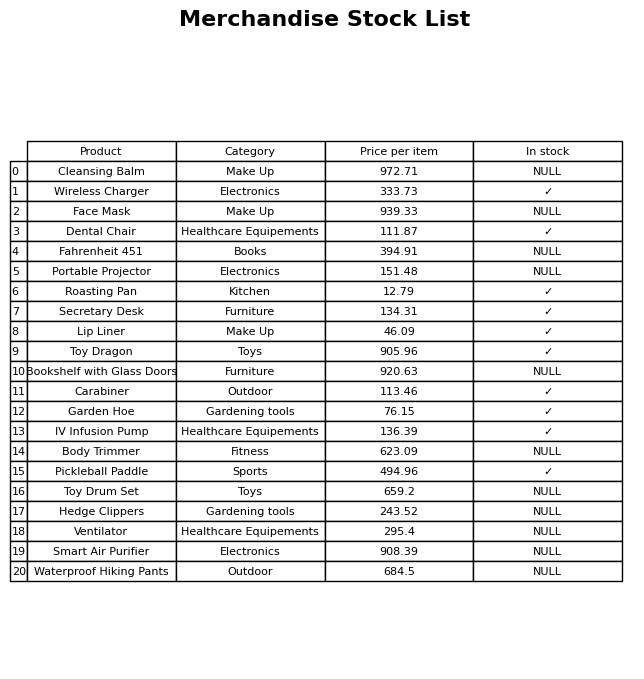
question: What is the price for Fahrenheit 451?
answer: The price of Fahrenheit 451 is 394.91.